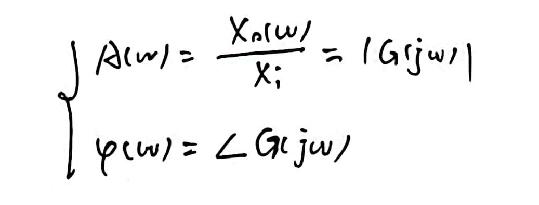
\[
\begin{cases}
A(\omega)=\frac{X_{o}(\omega)}{X_{i}} = |G(j\omega)| \\
\varphi(\omega)=\angle G(j\omega)
\end{cases}
\]